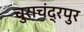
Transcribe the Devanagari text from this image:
चुराचंद्रपुर